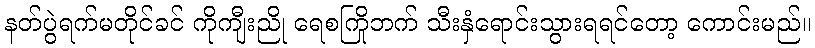
နတ်ပွဲရက်မတိုင်ခင် ကိုကျီးညို ရေစကြိုဘက် သီးနှံရောင်းသွားရရင်တော့ ကောင်းမည်။